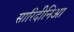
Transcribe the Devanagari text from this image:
सारिदीनिआ